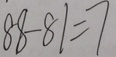
8 8 - 8 1 = 7